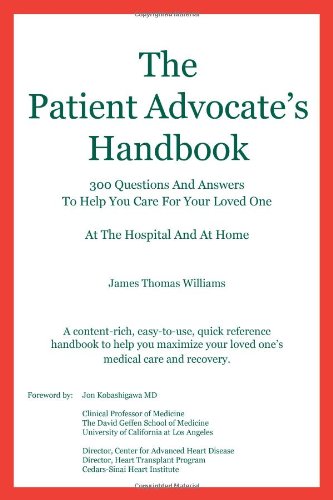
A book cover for The Patient Advocate's Handbook 300 Questions And Answers To Help You Care For Your Loved One At The Hospital And At Home; James Thomas Williams; Medical Books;